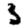
Digit: 3